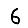
Digit: 6